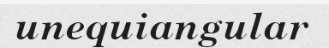
unequiangular